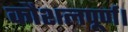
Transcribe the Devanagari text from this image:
कौशलपूर्ण।